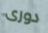
دورى